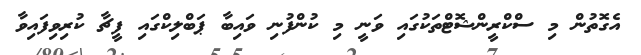
އެގޮތުން މި ސްކްރީންޝޮޓްތަކުގައި ވަނީ މި ކުންފުނި ވައިބާ ޕަބްލިކްގައި ފީޗާ ކުރިވިފައިވާ